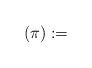
LaTeX: \begin{align*}(\pi):=\end{align*}